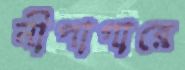
নীপাগারে